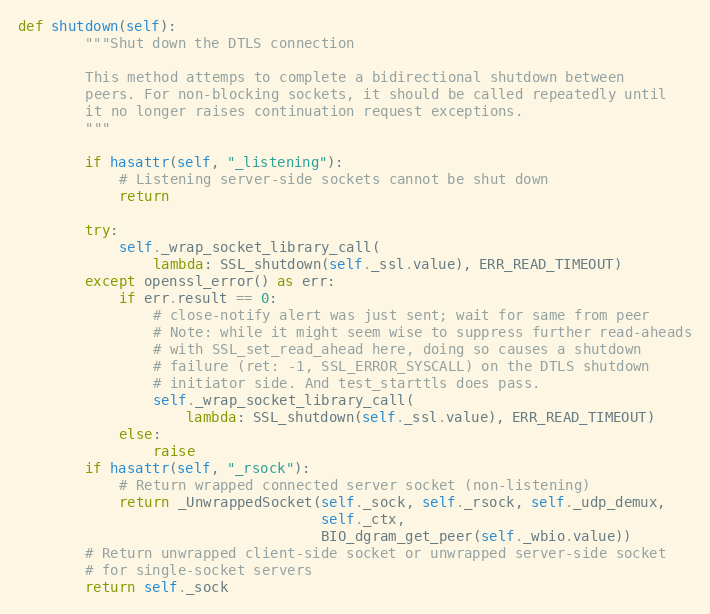
Language: Python
def shutdown(self):
        """Shut down the DTLS connection

        This method attemps to complete a bidirectional shutdown between
        peers. For non-blocking sockets, it should be called repeatedly until
        it no longer raises continuation request exceptions.
        """

        if hasattr(self, "_listening"):
            # Listening server-side sockets cannot be shut down
            return

        try:
            self._wrap_socket_library_call(
                lambda: SSL_shutdown(self._ssl.value), ERR_READ_TIMEOUT)
        except openssl_error() as err:
            if err.result == 0:
                # close-notify alert was just sent; wait for same from peer
                # Note: while it might seem wise to suppress further read-aheads
                # with SSL_set_read_ahead here, doing so causes a shutdown
                # failure (ret: -1, SSL_ERROR_SYSCALL) on the DTLS shutdown
                # initiator side. And test_starttls does pass.
                self._wrap_socket_library_call(
                    lambda: SSL_shutdown(self._ssl.value), ERR_READ_TIMEOUT)
            else:
                raise
        if hasattr(self, "_rsock"):
            # Return wrapped connected server socket (non-listening)
            return _UnwrappedSocket(self._sock, self._rsock, self._udp_demux,
                                    self._ctx,
                                    BIO_dgram_get_peer(self._wbio.value))
        # Return unwrapped client-side socket or unwrapped server-side socket
        # for single-socket servers
        return self._sock